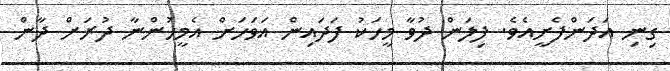
ގިނި އަދަންފެށީއެވެ. ފިލަން ދުވާ މީހަކު ފަދައިން އަވަހަށް އެމީހުންނާ ދުރަށް ދާން